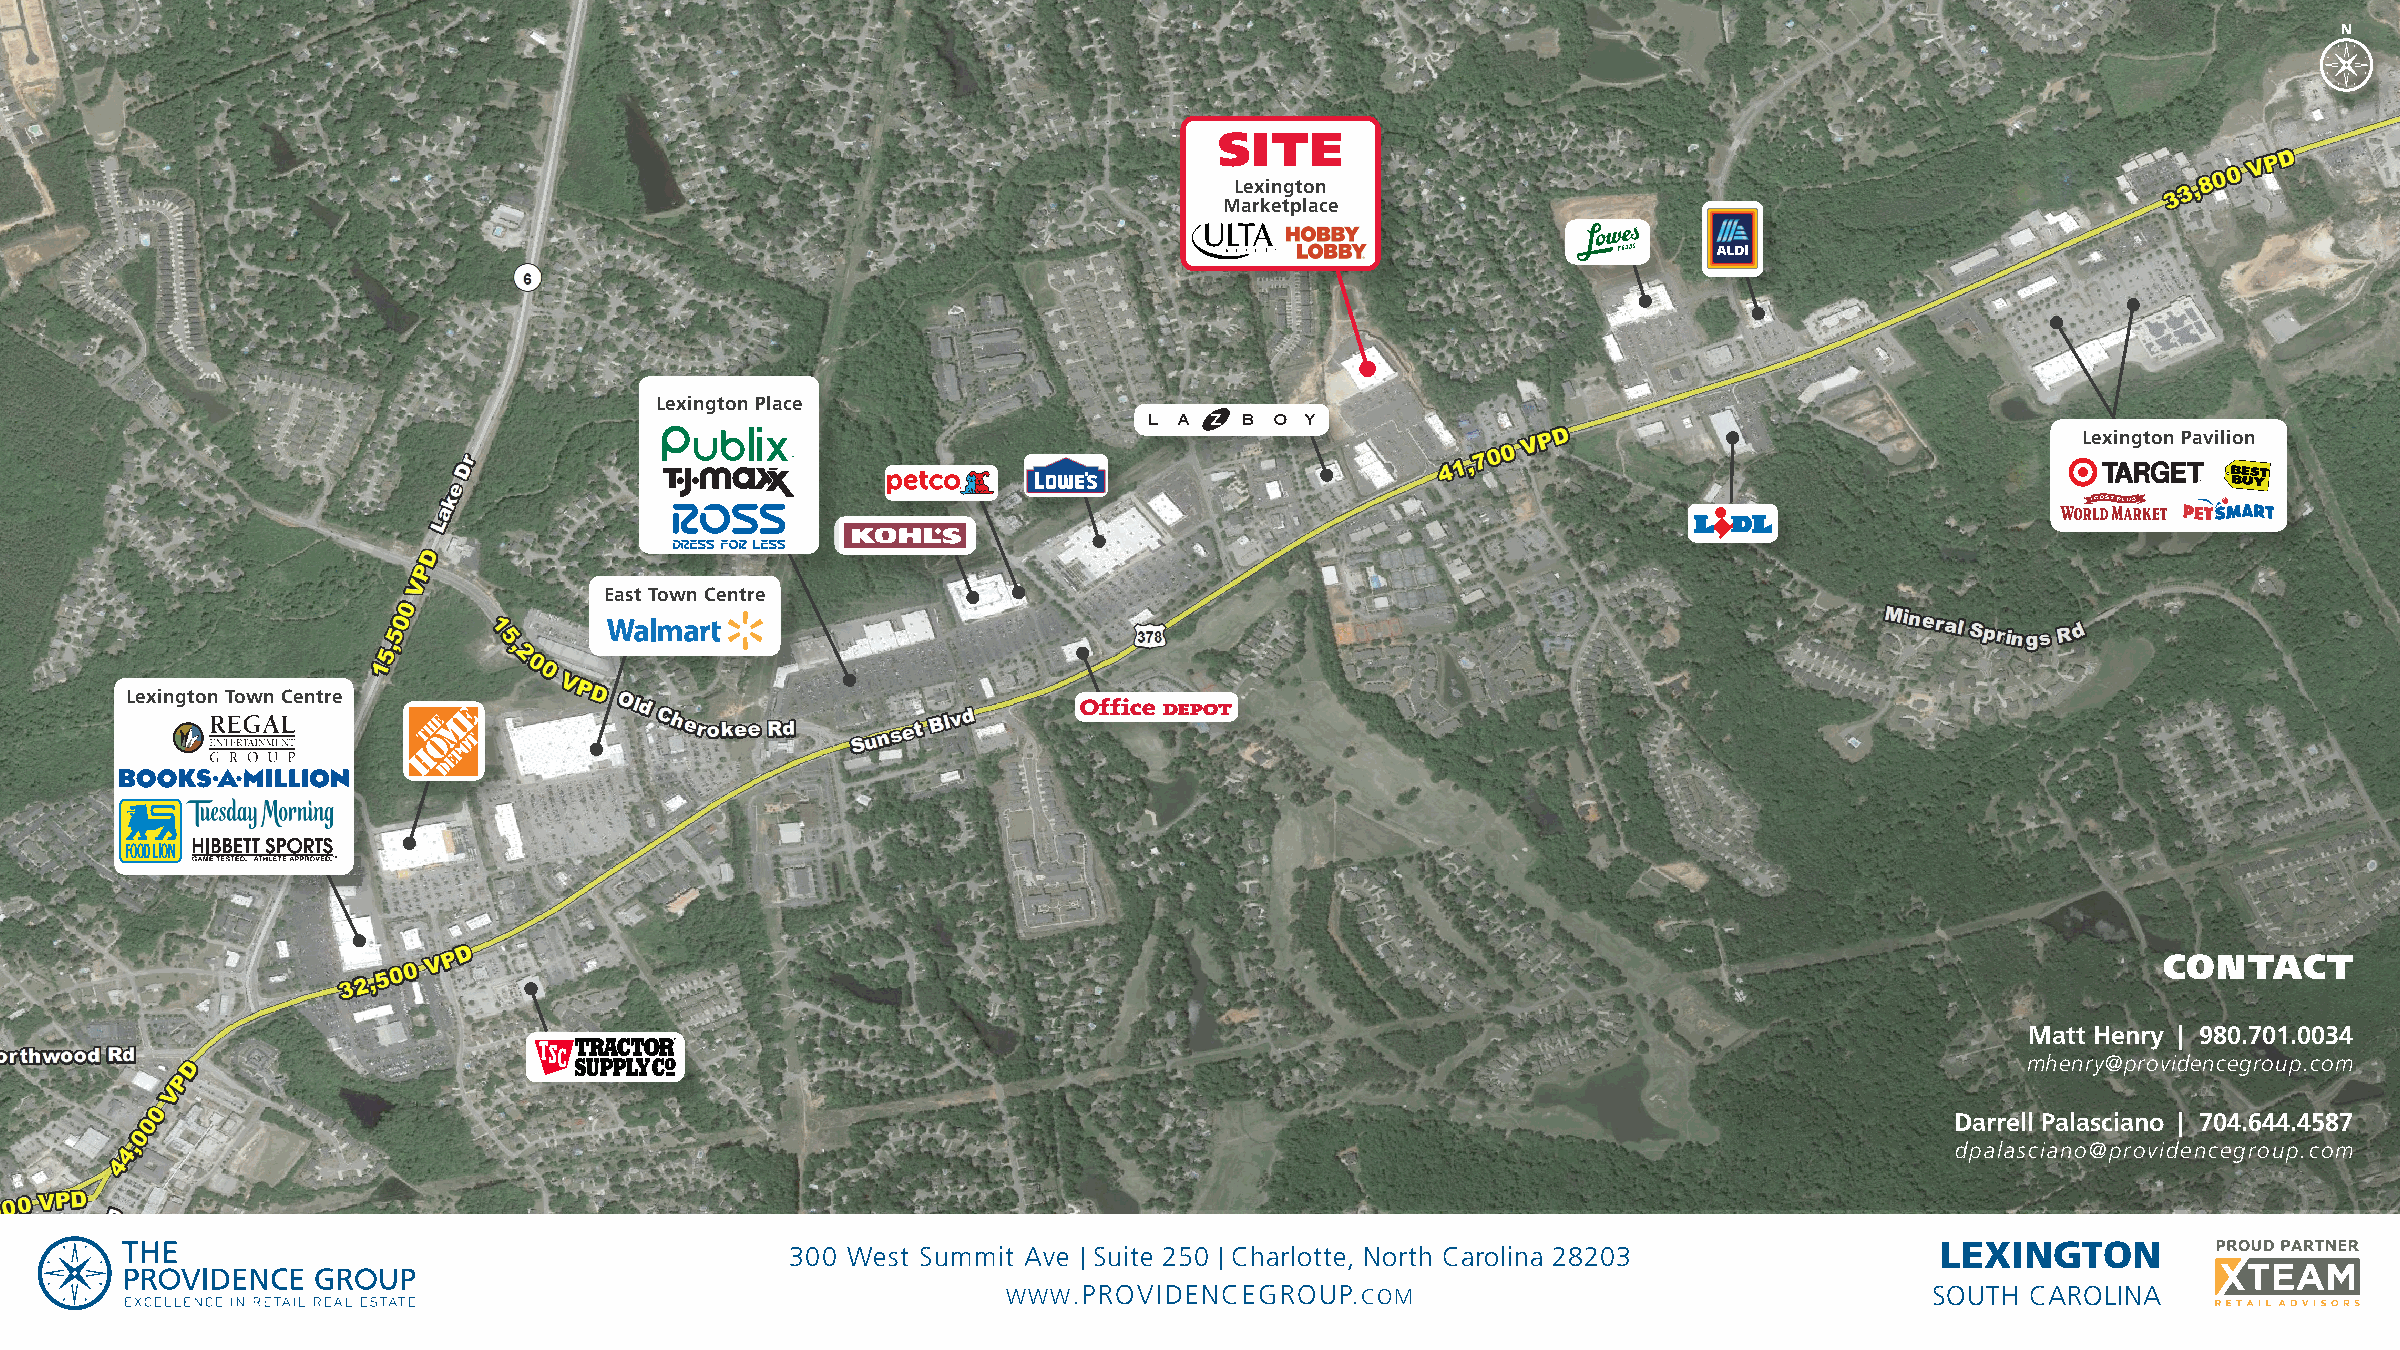
SITE
 Lexington
 Marketplace
 Lexington Place
 Lexington Pavilion
 East Town Centre
 Lexington Town Centre
 CONTACT
 Matt Henry | 980.701.0034
 mhenry@providencegroup.com
 Darrell Palasciano | 704.644.4587
 dpalasciano@providencegroup.com
 300 West Summit Ave | Suite 250 | Charlotte, North Carolina 28203           LEXINGTON
 WWW.PROVIDENCEGROUP.COM                                      SOUTH CAROLINA